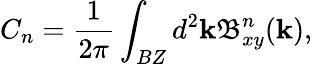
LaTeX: C_{n}=\frac{1}{2\pi}\int_{BZ}d^{2}\mathbf{k}\mathbf{\mathfrak{B}}_{xy}^{n}(\mathbf{k}),